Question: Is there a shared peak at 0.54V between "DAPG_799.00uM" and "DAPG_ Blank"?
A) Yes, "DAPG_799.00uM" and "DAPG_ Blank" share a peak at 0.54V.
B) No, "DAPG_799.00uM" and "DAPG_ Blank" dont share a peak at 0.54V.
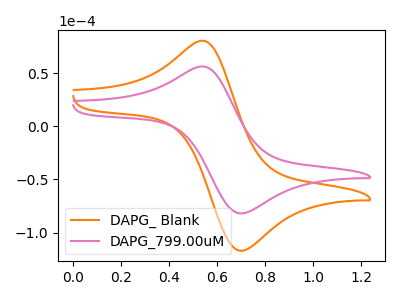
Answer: <think>The orange curve "DAPG_ Blank" has an anodic peak at (0.55V, 80.35uA) and a cathodic peak at (0.70V, -117.20uA). The pink curve "DAPG_799.00uM" has an anodic peak at (0.55V, 56.25uA) and a cathodic peak at (0.70V, -82.00uA).</think>
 <answer>B) No, "DAPG_799.00uM" and "DAPG_ Blank" dont share a peak at 0.54V.</answer>
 <eval>B</eval>